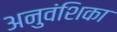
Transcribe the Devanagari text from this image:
अनुवंशिका